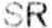
SR